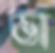
ভা